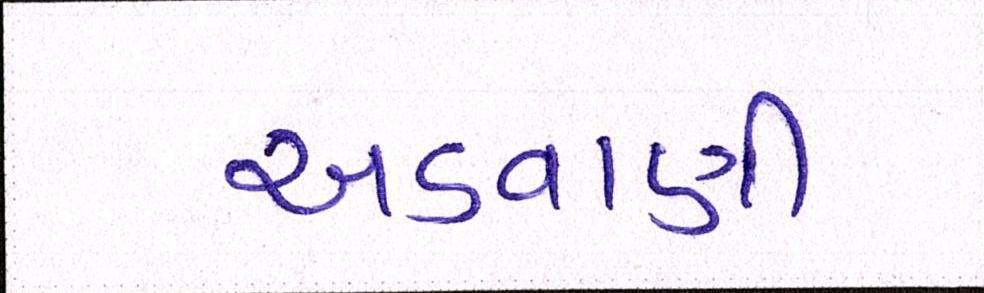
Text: અડવાણી